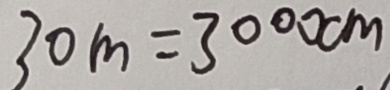
3 0 m = 3 0 0 0 c m